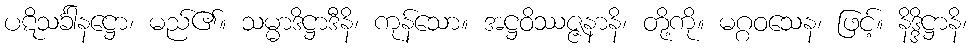
ပဋိသင်္ခါနဋ္ဌော၊ မည်၏။ သမ္မာဒိဋ္ဌာဒီနိ၊ ကုန်သော။ အဋ္ဌဝိဿဇ္ဇနာနိ၊ တို့ကို။ မဂ္ဂဝသေန၊ ဖြင့်။ နိဒ္ဒိဋ္ဌာနိ၊